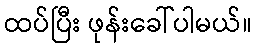
ထပ်ပြီး ဖုန်းခေါ်ပါမယ်။